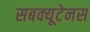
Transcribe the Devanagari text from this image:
सबक्यूटेनस